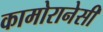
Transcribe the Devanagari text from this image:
कामोरानेसी